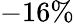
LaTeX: -16\%